Rasina_vallavalitsus, lk 48
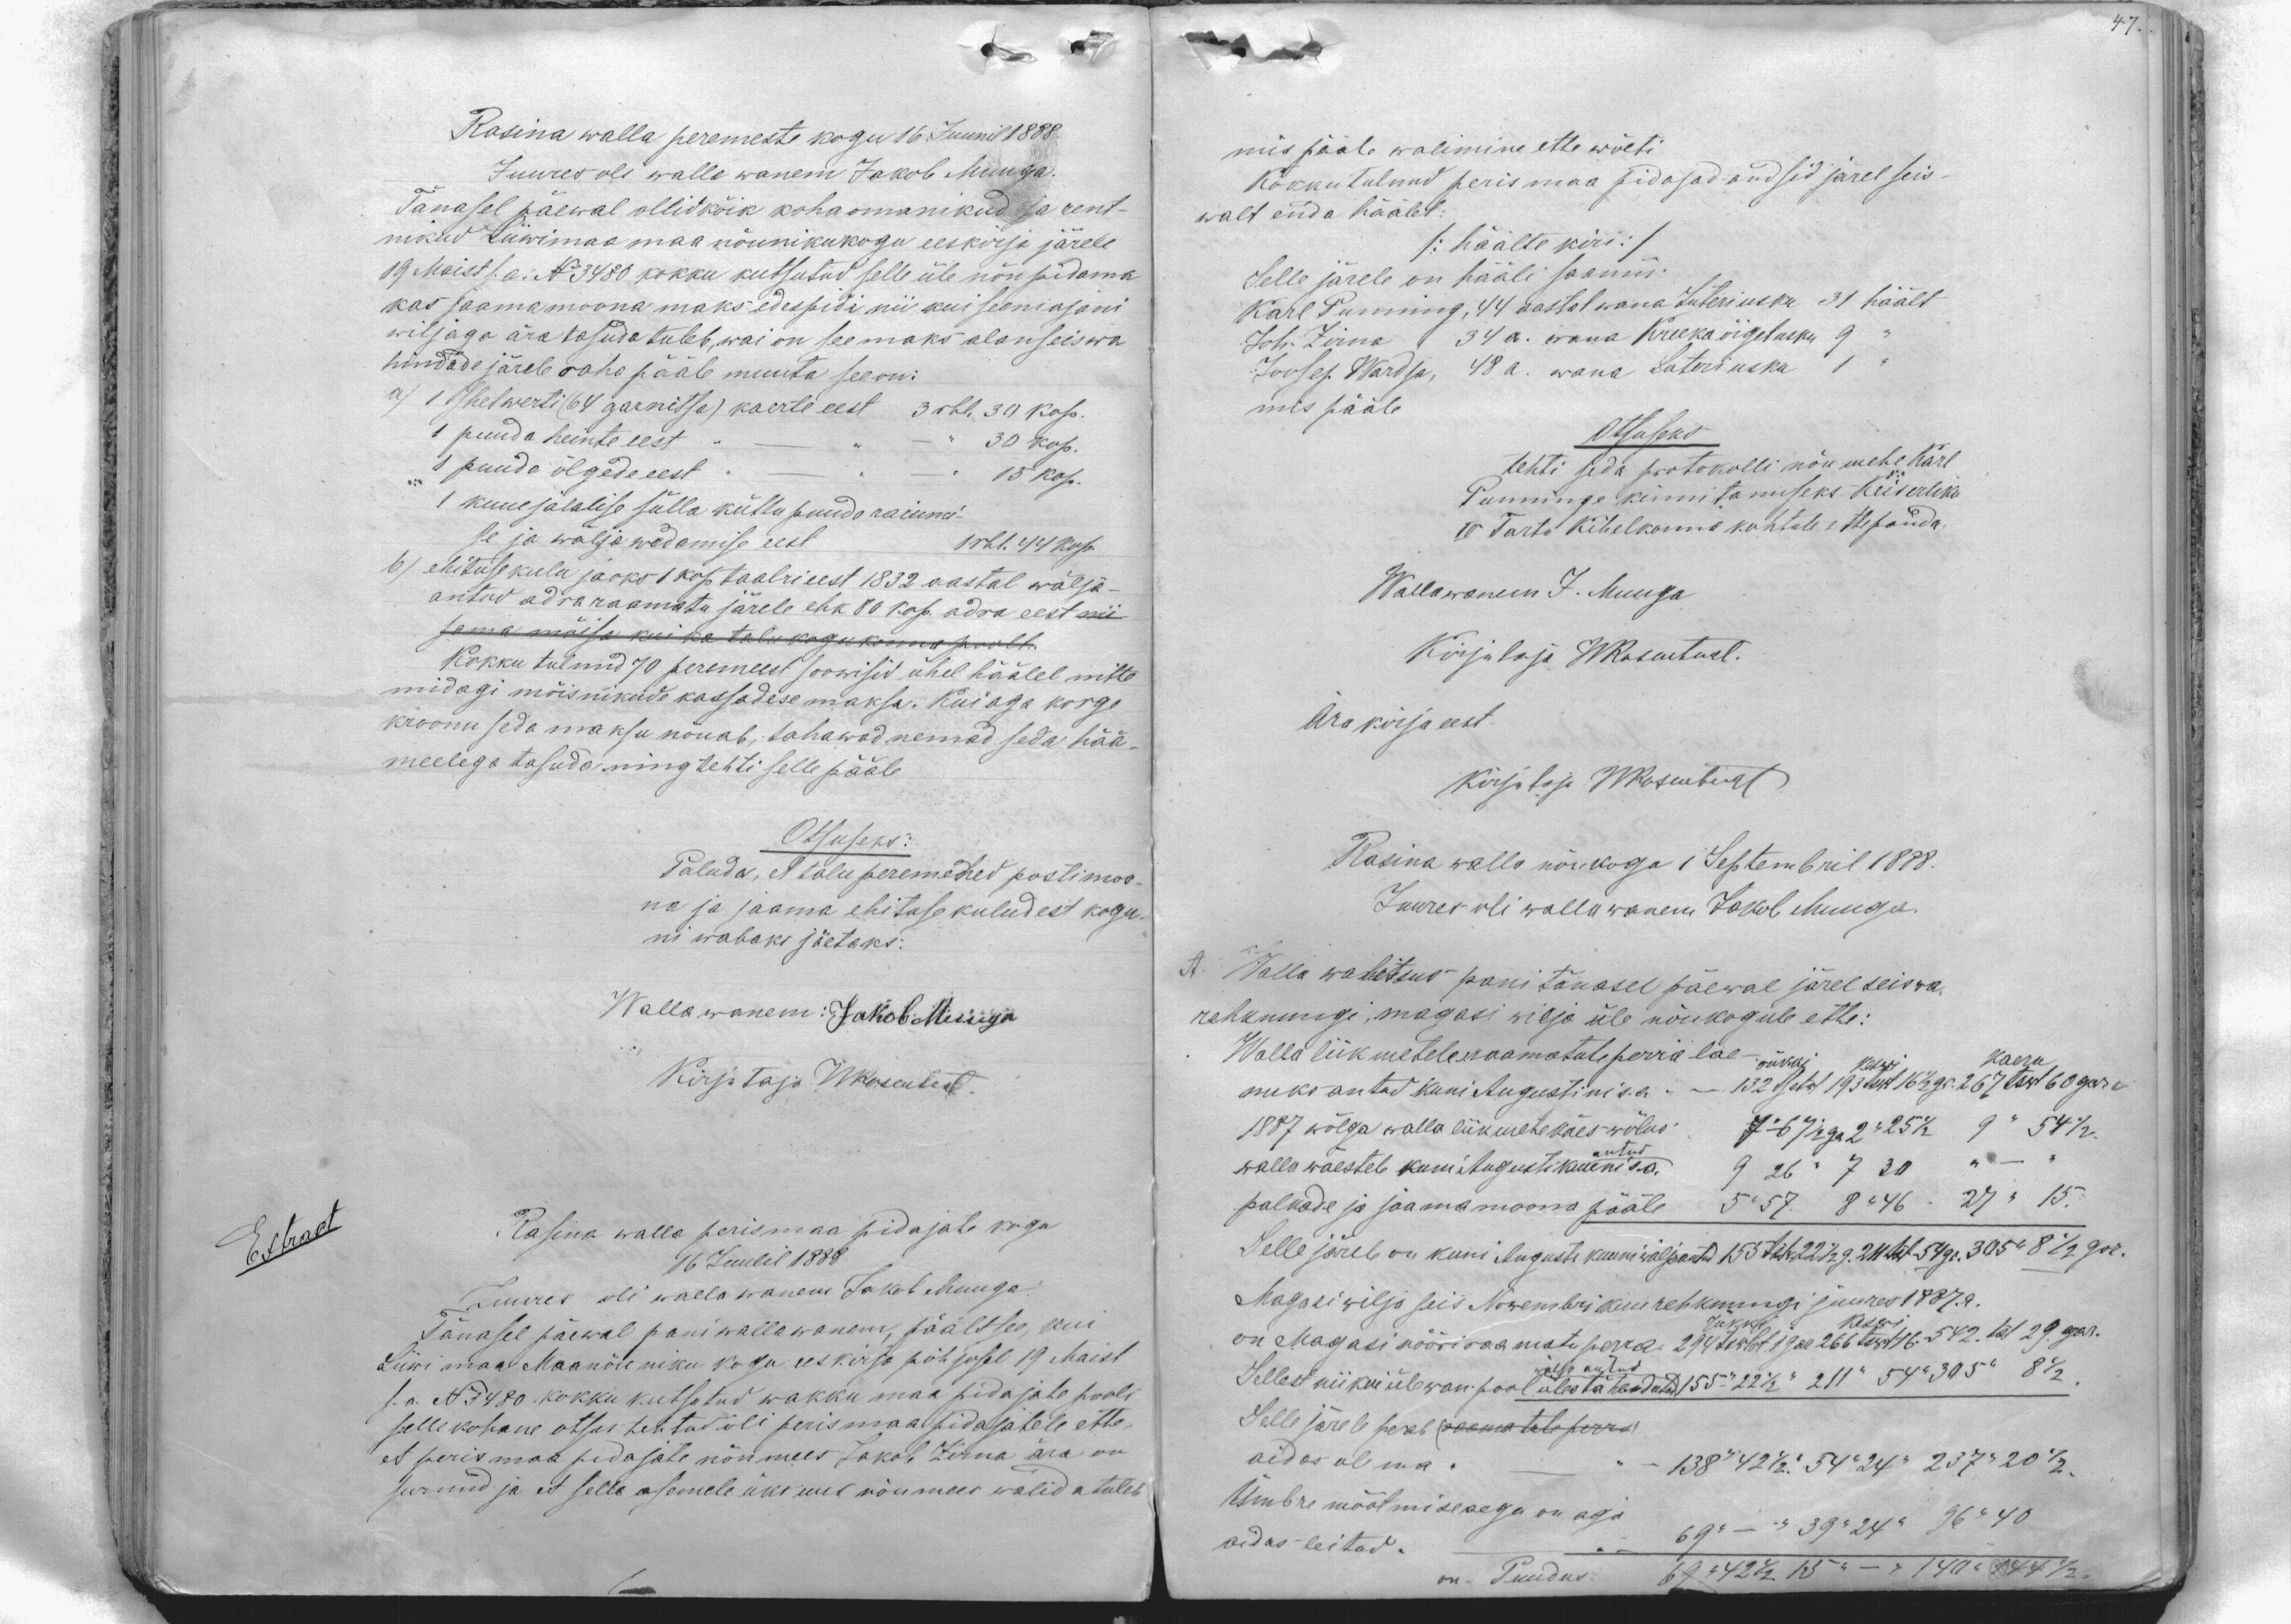
Rasina walla peremeste kogu 16 Juunil 1888.
Juures oli walla wanem Jakob Muuga.
Tänasel päewal ollid kõik kohaomanikud ja rent-
nikud Liiwimaa maa nõunikukogu eeskirja järele
19 Maist s.a. N 3480 kokku kutsutud selle üle nõu pidama
kas saama moona maks edespidi nii kui seeniajani
wiljaga ära tasuda tuleb, wai on see maks alanseiswa
hindade järele raha pääle muuta see on:
a) 1 tshetwerti (64 garnitsa) kaerte eest 3 rbl. 30 kop.
1 puuda heinte eest - " - 30 kop.
1 puuda õlgede eest - " - 15 kop.
1 kuuejalalise sülla küttu puude raiumi-
se ja wälja wedamise eest 1 rbl. 44 kop.
b) ehituse kulu jaoks 1 kop taalri eest 1832 aastal wälja-
antud adraraamatu järele ehk 80 kop. adra eest nii
sama mõisa kui ka talukogukonna poolt.
Kokku tulnud 70 peremeest soowisid ühel häälel mitte
midagi mõisnikude kassadese maksa. Kui aga korge
kroonu seda maksu nõuab, tahawad nemad seda hää
meelega tasuda ning tehti selle pääle
Otsuseks:
Paluda, et talu peremehed postimoo-
na ja jaama ehituse kuludest kogu-
ni wabaks jäetaks:
Wallawanem: Jakob Muuga
Kirjutaja WRosenthal.
Rasina walla perismaa pidajate kogu
16 Juulil 1888
Juures oli walla wanem Jakob Muuga.
Tänasel päewal pani wallawanem, päältsee, kui
Liiwi maa Maanõuniku kogu eeskirja põhjosel 19 Maist
s.a. N 3480 kokku kutsutud wakku maa pidajate poolt
sellekohane otsas tehtud oli perismaa pidajatele ette,
et perismaa pidajate nõumees Jakob Zirna ära on
surnud ja et selle asemele üks uus nõumees walidatuleb

mis pääle walimine ette wõeti
Kokkutulnud perismaa pidajad andsid jarel seis
walt enda häälet:
/: häälte kiri :/
Selle järele on hääli saanud:
Karl Punning, 44 aastat wana Luteri usku 31 häält
Joh. Zirna 34 a. wana Kreeka õigetusku 9
Joosep Wardja, 48 a. wana Luteri usku 1
mis pääle.
Otsuseks
tehti seda protokolli nõu mehe Karl
Punninge kinnitamiseks Keiserliku
IV Tarto Kihelkonna kohtule ettepanda.
Wallawanem J. Muuga
Kirjutaja WRosenthal.
Ära kirja eest.
Kirjutaja WRosenthal
Rasina walla nõukogu 1 Septembril 1888.
Juures oli wallawanem Jakob Muuga.
A. Walla walitsus pani tänasel päewal järel seiswa
rehknungi, magasi wilja üle nõukogule ette:
Walla liikmetele raamatule perra lae-
rükki keswi kaeru
nuks antud kuni Augustini s.a. - 132 tsetwt 193 tswt 16 1/2 gr. 267 tswt 60 gar
1887 wõlga walla liikmete käes wõlus 7-67 1/2 ga 2"25 1/2 9 " 54 1/2
antud
walla waestele kuni Augusti kuuni s.a. 9 26 " 7 30 " - "
palkade ja jaamamoona pääle 5 " 57 8 " 46 27 " 15.
Selle järele on kuni Augusti kuuni wäljaantud
Magasi wilja seis Nowembri kuu rehknungi juures 1887.a
rükki keswi
on Magasi nööriraamatu perra.
Sellest nii kui ülewan pool üles tähendatud
wälja antud
Selle järele peab (raamatute perra)
aidas olema
Ümbre mõõtmise aegu on aga
aidas leitud.
on Puudus: